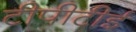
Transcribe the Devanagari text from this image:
टीपीटीई